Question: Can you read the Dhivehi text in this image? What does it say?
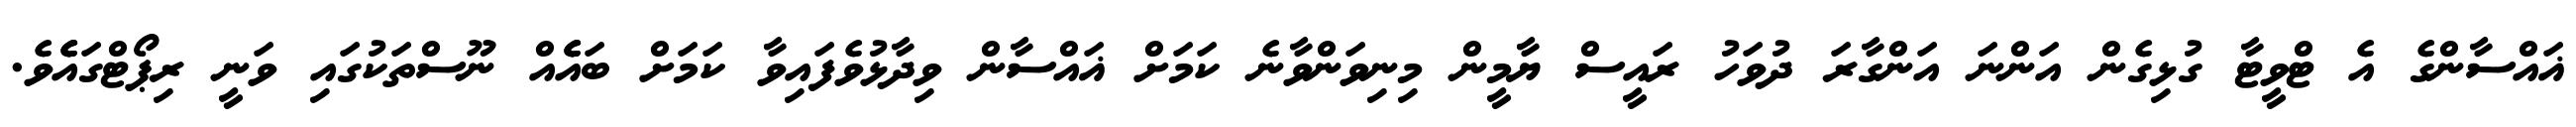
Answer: ޣައްސާންގެ އެ ޓްވީޓާ ގުޅިގެން އަންނަ އަންގާރަ ދުވަހު ރައީސް ޔާމީން މިނިވަންވާނެ ކަމަށް ޣައްސާން ވިދާޅުވެފައިވާ ކަމަށް ބައެެއް ނޫސްތަކުގައި ވަނީ ރިޕޯޓްގައެެވެ.